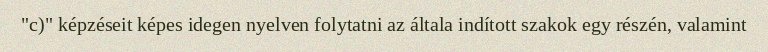
"c)" képzéseit képes idegen nyelven folytatni az általa indított szakok egy részén, valamint